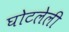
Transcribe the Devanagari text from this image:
घोटलेली